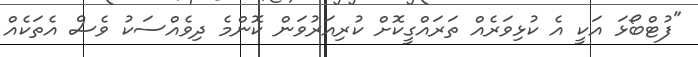
"ފުޓްބޯޅަ އަކީ އެ ކުޅިވަރެއް ތަރައްގީކޮށް ކުރިއަރުވަން ކޮންމެ ދިވެއްސަކު ވެސް އެތަކެއް